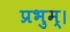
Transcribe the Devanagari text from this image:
प्रभुम्।